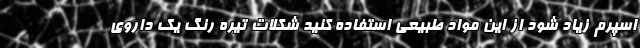
اسپرم زیاد شود از این مواد طبیعی استفاده کنید شکلات تیره رنگ یک داروی